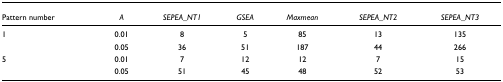
<table><thead><tr><td><b>Pattern number</b></td><td><b><i>A</i></b></td><td><b><i>SEPEA_NT1</i></b></td><td><b><i>GSEA</i></b></td><td><b><i>Maxmean</i></b></td><td><b><i>SEPEA_NT2</i></b></td><td><b><i>SEPEA_NT3</i></b></td></tr></thead><tbody><tr><td>1</td><td>0.01</td><td>8</td><td>5</td><td>85</td><td>13</td><td>135</td></tr><tr><td></td><td>0.05</td><td>36</td><td>51</td><td>187</td><td>44</td><td>266</td></tr><tr><td>5</td><td>0.01</td><td>7</td><td>12</td><td>12</td><td>7</td><td>15</td></tr><tr><td></td><td>0.05</td><td>51</td><td>45</td><td>48</td><td>52</td><td>53</td></tr></tbody></table>